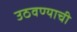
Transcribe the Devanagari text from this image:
उठवण्याची